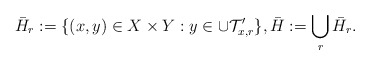
\begin{align*}\bar{H}_{r} := \{(x,y) \in X \times Y : y \in \cup \mathcal{T}_{x,r}'\}, \bar{H} := \bigcup_{r} \bar{H}_{r}.\end{align*}